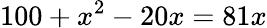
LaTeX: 100+x^{2}-20x=81x